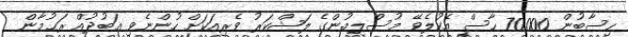
ހިސާބުން 70